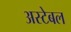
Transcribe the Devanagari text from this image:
अस्टेबल